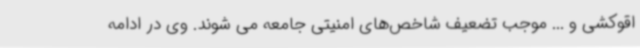
اقوکشی و ... موجب تضعیف شاخص‌های امنیتی جامعه می شوند. وی در ادامه